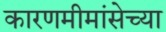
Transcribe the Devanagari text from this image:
कारणमीमांसेच्या